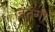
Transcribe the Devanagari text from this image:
ज़ंदगी